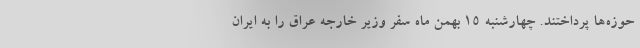
حوزه‌ها پرداختند. چهارشنبه ۱۵ بهمن ماه سفر وزیر خارجه عراق را به ایران